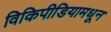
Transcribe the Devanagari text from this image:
विकिपीडियामधून